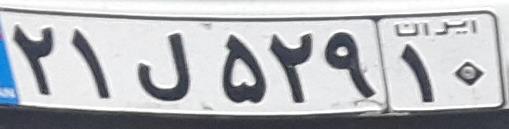
۲۱ل۵۲۹۱۰